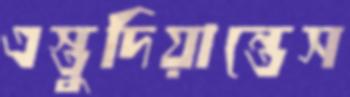
এস্তুদিয়ান্তেস